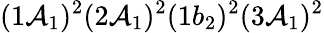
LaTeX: (1\mathcal{A}_{1})^{2}(2\mathcal{A}_{1})^{2}(1b_{2})^{2}(3\mathcal{A}_{1})^{2}